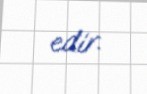
edir.